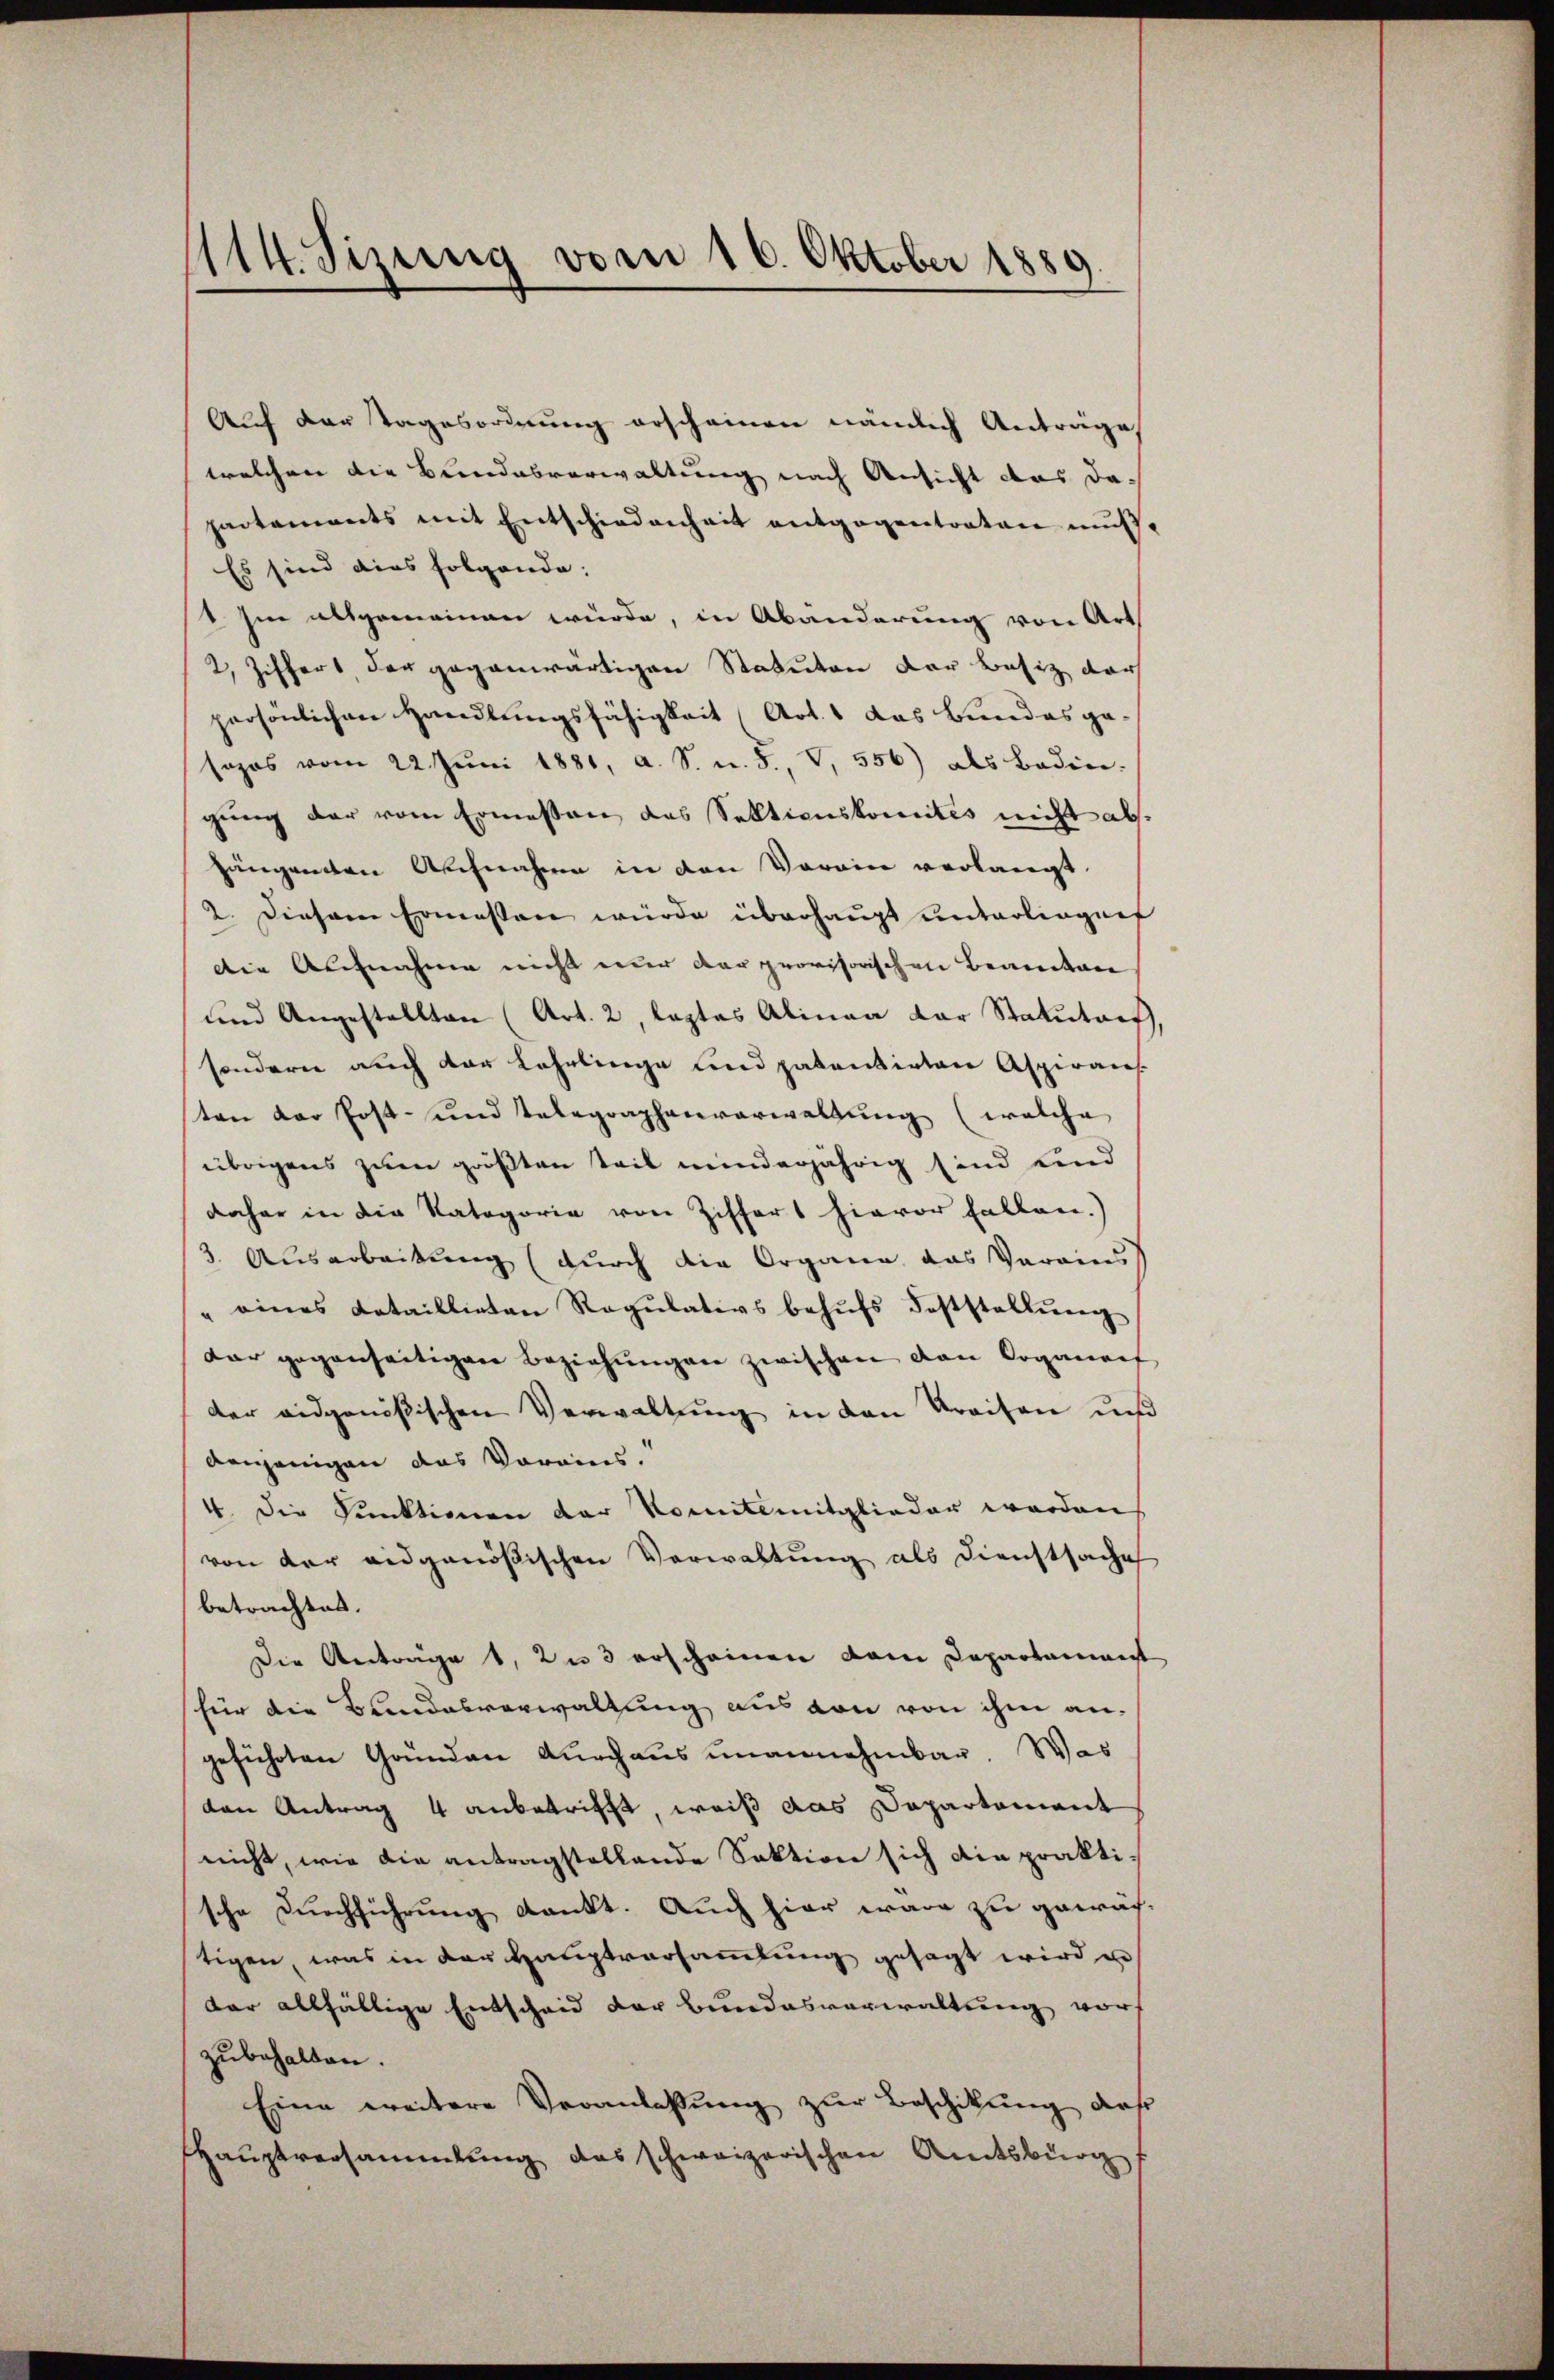
114. Sizung vom 16. Oktober 1889.

Auf der Tagesordnung erscheinen nämlich Anträge
welchen die Bundesverwaltung nach Ansicht das dapartements mit Entschiedenheit entgegentraten muß,
Es sind dies folgende:
1 Im allgemeinen würde, in Abänderung von Art
2, Ziffert der gegenwärtigen Statuten der Besiz dar
persönlichen Handlungsfähigkeit (Art. 1 das Bundes gesozos vom 22. Juni 1881, a. S. n. 5., V. 556) als Bedingung der vom Ermessen das Sektionskomites nicht abgängenten Aufnahmen in den Vorain verlangt.
2. Diesem Ermessen würde überhaupt unterliegen
die Aufnahme nicht nur der provisorischen Beamten
und Angestellten (Art. 2, lastes Alinea der Statutars
sondern auch der Lehrlinge und patentirten Aspirans
ten der Post- und Telegraphenverwaltung (welche
übrigens zum größten Teil minderjährig sind eind
daher in die Kategorie von Ziffert hievor fallen.)
3. Ausarbeitung (durch die Organe das Verains
" eines Cataillieten Regŭlativs behŭfs Feststellŭng
dar gegenseitigen Beziehungen zwischen den Organgef
der eidgenößischen Verwaltung in den Kreisen und
denjenigen das Vorains.
4. Die Punktionen der Komite mitglieder werden
von der eidgenößischen Verwaltung als Dienstsache
betrachtet.
Die Antrage 1, zu 3 erscheinen vom Departament
für die Bundesverwaltung aus von von ihm angeführten Gründen durchaus unannehmbar. Was
den Antrag 4 anbetrifft, weiß das Dapartement
nicht, wie die antragstellende Sektion sich die prakti-
sche Durchführung dankt. Auch hier wäre zu gewächstigen, was in der Hauptversammlung gesagt wird e
dar allfällige Entscheid der Bundesverwaltung worf
zubehalten.
Eine weitere Veranlassung zur Beschikung, daß
Hauptversammlung das schweizerischen Amtsbürg